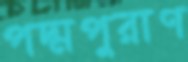
পদ্মপুরাণ